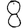
Digit: 8